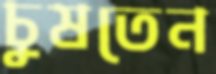
চুষতেন